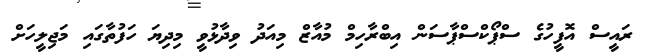
ރައީސް އޮފީހުގެ ސްޕޯކްސްޕާސަން އިބްރާހިމް މުއާޒް މިއަދު ވިދާޅުވީ މިދިޔަ ހަފުތާގައި މަޖިލީހަށް